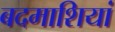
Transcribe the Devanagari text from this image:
बदमाशियां